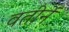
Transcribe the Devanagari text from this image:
वतीनें